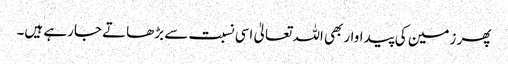
پھر زمین کی پیداواربھی اللہ تعالیٰ اسی نسبت سے بڑھاتے جارہے ہیں۔